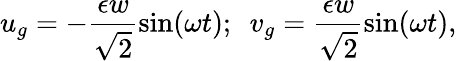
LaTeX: u_{g}=-\frac{\epsilon w}{\sqrt{2}}\sin(\omega t);\ \ v_{g}=\frac{\epsilon w}{\sqrt{2}}\sin(\omega t),